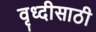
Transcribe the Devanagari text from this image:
वृध्दीसाठी